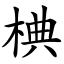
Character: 椣